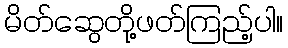
မိတ်ဆွေတို့ဖတ်ကြည့်ပါ။